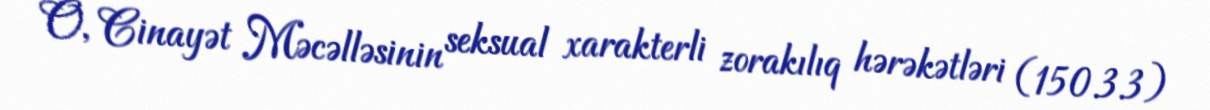
O, Cinayət Məcəlləsinin seksual xarakterli zorakılıq hərəkətləri (150.3.3)